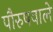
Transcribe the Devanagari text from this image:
पौरुषवाले